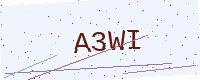
Text: A3WI